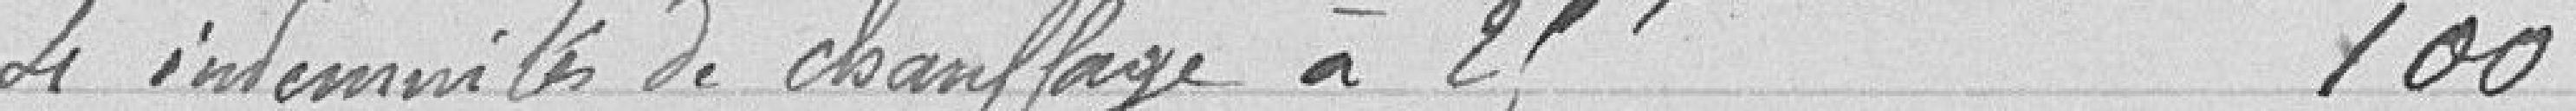
4 indemnités de chauffage à 25 francs 100